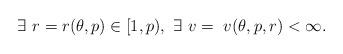
LaTeX: \begin{align*} \exists \ r = r(\theta,p) \in [1, p), \ \exists \ v = \ v(\theta,p,r) < \infty. \end{align*}